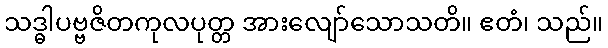
သဒ္ဓါပဗ္ဗဇိတကုလပုတ္တ အားလျော်သောသတိ။ ဧတံ၊ သည်။